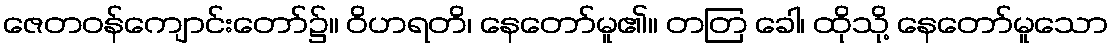
ဇေတဝန်ကျောင်းတော်၌။ ဝိဟရတိ၊ နေတော်မူ၏။ တတြ ခေါ၊ ထိုသို့ နေတော်မူသော